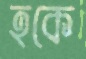
হকে